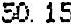
50.15